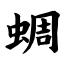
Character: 蜩